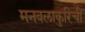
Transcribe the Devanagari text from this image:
मनवलाकुरिची